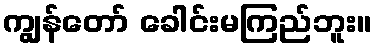
ကျွန်တော် ခေါင်းမကြည်ဘူး။